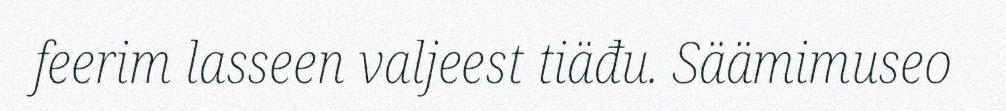
feerim lasseen valjeest tiäđu. Säämimuseo